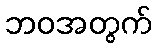
ဘဝအတွက်